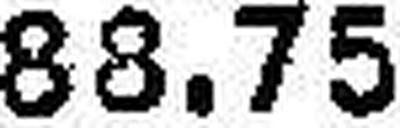
88.75